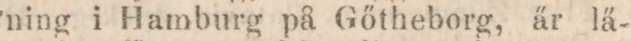
ning i Hamburg på Gőtheborg, är lä-